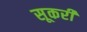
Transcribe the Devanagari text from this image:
सूकरी